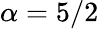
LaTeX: \alpha=5/2